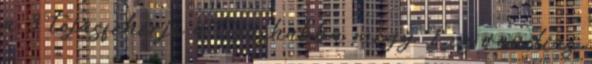
a 3 tojásfehérje a tojáshabba megy 1 cs vaníliás